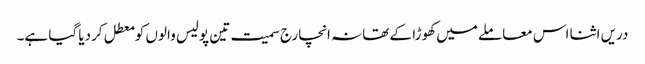
دریں اثنا اس معاملے میں کھوڑا کے تھانہ انچارج سمیت تین پولیس والوں کو معطل کردیا گیا ہے۔